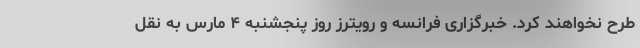
طرح نخواهند کرد. خبرگزاری فرانسه و رویترز روز پنجشنبه ۴ مارس به نقل